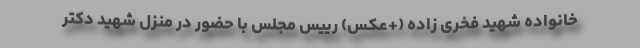
خانواده شهید فخری زاده (+عکس) رییس مجلس با حضور در منزل شهید دکتر